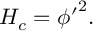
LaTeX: { \cal { H } } _ { c } = { \phi ^ { \prime } } ^ { 2 } .